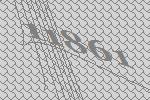
11861